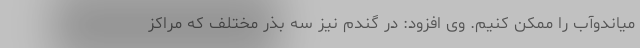
میاندوآب را ممکن کنیم. وی افزود: در گندم نیز سه بذر مختلف که مراکز